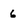
Character: 6